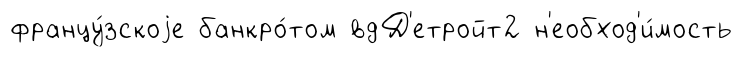
францу́зскоjе банкро́том вдД'етройт2 н'еобход'и́мость